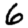
Digit: 6